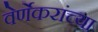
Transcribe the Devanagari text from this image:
वेर्णेकरांच्या